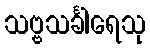
သဗ္ဗသင်္ခါရေသု